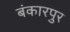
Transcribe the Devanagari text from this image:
बंकारपुर